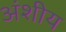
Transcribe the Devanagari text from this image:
अंशीय